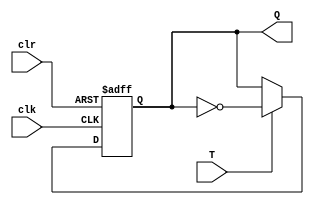
module Toggle_FF(T, clk, clr, Q);

input clk,T,clr;
output reg Q;

always @(posedge clk or posedge clr) begin
	if (clr)
		Q = 1'b0;
	else if (T == 1'b1)
		Q <= ~Q;
		
	else
		Q <= Q;

end
endmodule